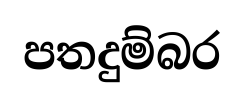
පතදුම්බර